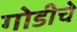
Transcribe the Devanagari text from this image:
गोडीचे